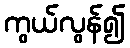
ကွယ်လွန်၍